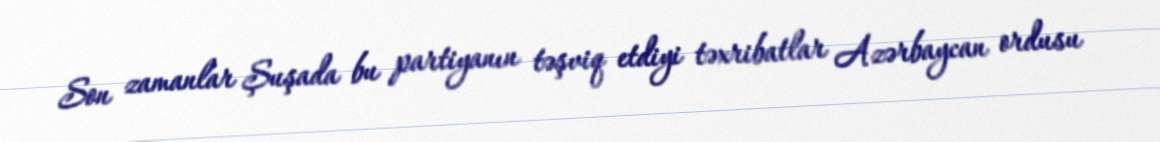
Son zamanlar Şuşada bu partiyanın təşviq etdiyi təxribatlar Azərbaycan ordusu